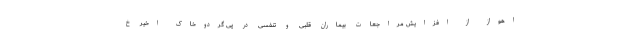
اهواز از افزایش مراجعات بیماران قلبی و تنفسی در پی گردوخاک اخیر خ